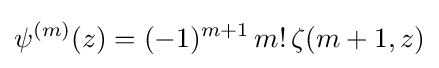
\psi ^{(m)}(z)=(-1)^{m+1}\,m!\,\zeta (m+1,z)